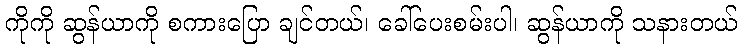
ကိုကို ဆွန်ယာကို စကားပြော ချင်တယ်၊ ခေါ်ပေးစမ်းပါ၊ ဆွန်ယာကို သနားတယ်